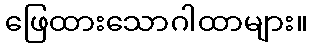
ဖြေထားသောဂါထာများ။